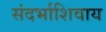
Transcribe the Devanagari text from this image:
संदर्भाशिवाय